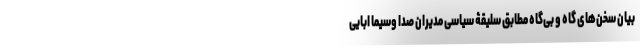
بیان سخن‌های گاه و بی‌گاه مطابق سلیقۀ سیاسی مدیران صدا وسیما ابایی